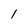
Character: 1